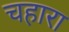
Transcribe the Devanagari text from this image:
चहारा